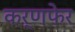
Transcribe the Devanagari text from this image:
कर्णफेर